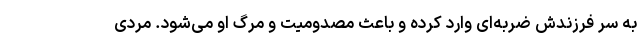
به سر فرزندش ضربه‌ای وارد کرده و باعث مصدومیت و مرگ او می‌شود. مردی